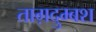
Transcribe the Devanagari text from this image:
ताग़दुम्बश